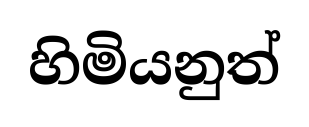
හිමියනුත්